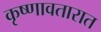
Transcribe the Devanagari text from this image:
कृष्णावतारात